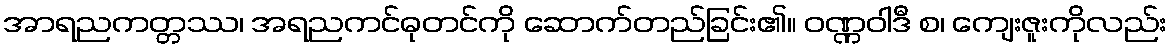
အာရညကတ္တဿ၊ အရညကင်ဓုတင်ကို ဆောက်တည်ခြင်း၏။ ဝဏ္ဏဝါဒီ စ၊ ကျေးဇူးကိုလည်း